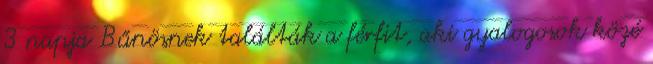
3 napja Bűnösnek találták a férfit, aki gyalogosok közé